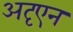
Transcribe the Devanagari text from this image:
अदृएन